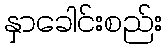
နှာခေါင်းစည်း